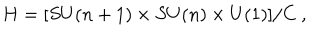
H = [ S U ( n + 1 ) \times S U ( n ) \times U ( 1 ) ] / C \ ,